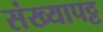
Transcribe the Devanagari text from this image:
संख्यापट्ट